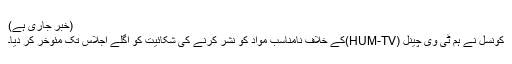
(خبر جاری ہے)
کونسل نے ہم ٹی وی چینل (HUM-TV)کے خلاف نامناسب مواد کو نشر کرنے کی شکائیت کو اگلے اجلاس تک مئوخر کر دیا۔